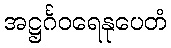
အဋ္ဌင်္ဂဝရေနုပေတံ